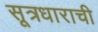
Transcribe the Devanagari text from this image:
सूत्रधाराची